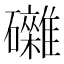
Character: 𥗭